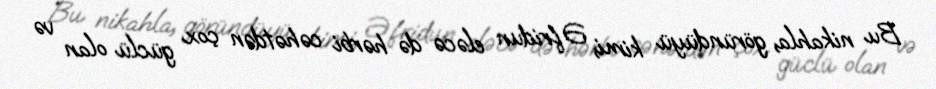
Bu nikahla, göründüyü kimi, Əfridun eləcə də hərbi cəhətdən çox güclü olan və